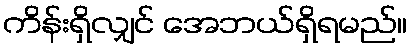
ကိန်းရှိလျှင် အေဘယ်ရှိရမည်။